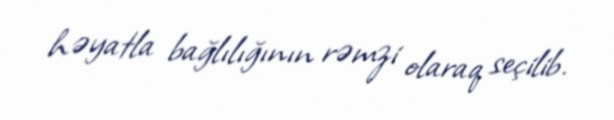
həyatla bağlılığının rəmzi olaraq seçilib.